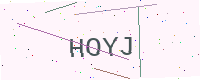
Text: HOYJ